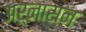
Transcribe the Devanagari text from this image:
अर्नासन